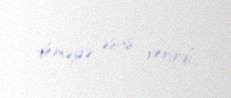
deməyə əsas verirdi.